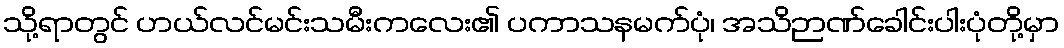
သို့ရာတွင် ဟယ်လင်မင်းသမီးကလေး၏ ပကာသနမက်ပုံ၊ အသိဉာဏ်ခေါင်းပါးပုံတို့မှာ